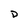
Character: D